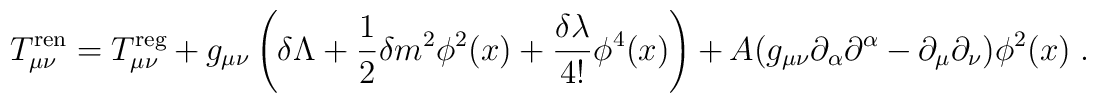
T_{\mu\nu}^{\rm ren}=T_{\mu\nu}^{\rm reg}+ g_{\mu\nu}\left(\delta\Lambda+\frac{1}{2}\delta m^2 \phi^2(x)+\frac{\delta \lambda}{4!} \phi^4(x)\right) +A (g_{\mu\nu}\partial_\alpha\partial^\alpha-\partial_\mu\partial_\nu)\phi^2(x) \; .